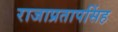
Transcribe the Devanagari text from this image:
राजाप्रतापसिंह